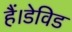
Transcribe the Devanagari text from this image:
हैं।डेविड